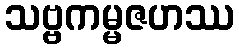
သဗ္ဗကမ္မဇဟဿ